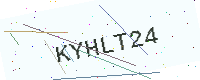
Text: KYHLT24